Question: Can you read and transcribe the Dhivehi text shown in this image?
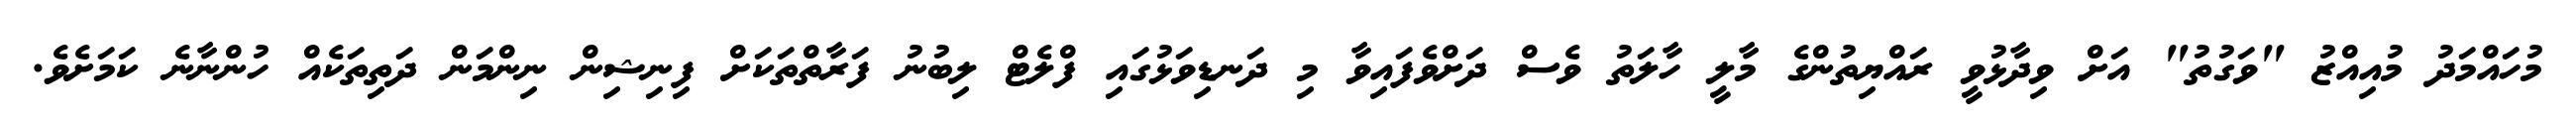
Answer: މުހައްމަދު މުއިއްޒު "ވަގުތު" އަށް ވިދާޅުވީ ރައްޔިތުންގެ މާލީ ހާލަތު ވެސް ދަށްވެފައިވާ މި ދަނޑިވަޅުގައި ފްލެޓް ލިބުނު ފަރާތްތަކަށް ފިނިޝިން ނިންމަން ދަތިތަކެއް ހުންނާނެ ކަމަށެވެ.